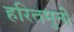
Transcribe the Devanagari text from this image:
हरितमुनी